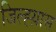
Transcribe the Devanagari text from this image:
जिल्ह्य़ास